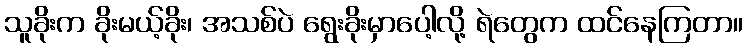
သူခိုးက ခိုးမယ့်ခိုး၊ အသစ်ပဲ ရွေးခိုးမှာပေါ့လို့ ရဲတွေက ထင်နေကြတာ။